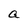
Character: a